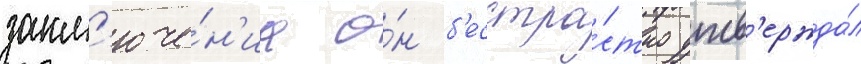
закл'юче́н'иа о́н б'есстра́стно утв'ержда́л